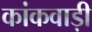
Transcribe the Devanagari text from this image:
कांकवाड़ी